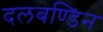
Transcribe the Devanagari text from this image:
दलबण्डिन